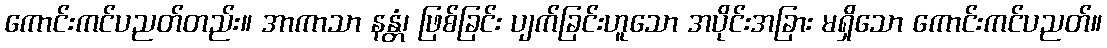
ကောင်းကင်ပညတ်တည်း။ အာကာသာ နန္တံ၊ ဖြစ်ခြင်း ပျက်ခြင်းဟူသော အပိုင်းအခြား မရှိသော ကောင်းကင်ပညတ်။